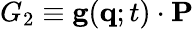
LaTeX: G_{2}\equiv\mathbf{g}(\mathbf{q};t)\cdot\mathbf{P}